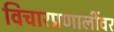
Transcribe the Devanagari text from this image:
विचारप्रणालींवर